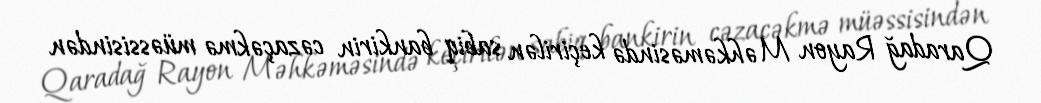
Qaradağ Rayon Məhkəməsində keçirilən sabiq bankirin cəzaçəkmə müəssisindən